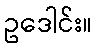
ဥဒေါင်း။